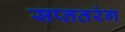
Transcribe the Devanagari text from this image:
सप्ततरंग